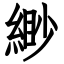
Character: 緲